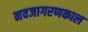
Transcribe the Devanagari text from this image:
नवजागरणकाल